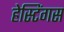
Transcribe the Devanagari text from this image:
हेस्टिंगस